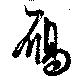
鴈